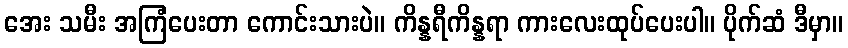
အေး သမီး အကြံပေးတာ ကောင်းသားပဲ။ ကိန္နရီကိန္နရာ ကားလေးထုပ်ပေးပါ။ ပိုက်ဆံ ဒီမှာ။